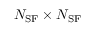
N _ { \mathrm { S F } } \times N _ { \mathrm { S F } }